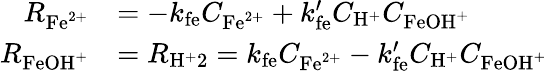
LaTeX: \begin{array}{rl}{R_{\mathrm{Fe}^{2+}}}&{=-k_{\mathrm{fe}}C_{\mathrm{Fe}^{2+}}+k_{\mathrm{fe}}^{\prime}C_{\mathrm{H}^{+}}C_{\mathrm{FeOH}^{+}}}\\ {R_{\mathrm{FeOH}^{+}}}&{=R_{\mathrm{H}^{+}2}=k_{\mathrm{fe}}C_{\mathrm{Fe}^{2+}}-k_{\mathrm{fe}}^{\prime}C_{\mathrm{H}^{+}}C_{\mathrm{FeOH}^{+}}}\end{array}